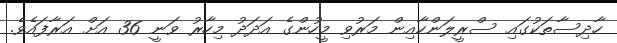
ހާދިސާތަކުގައި ސްރީލަންކާއިން މަރުވި މީހުންގެ އަދަދު މިހާރު ވަނީ 36 އަށް އަރާފައެވެ.